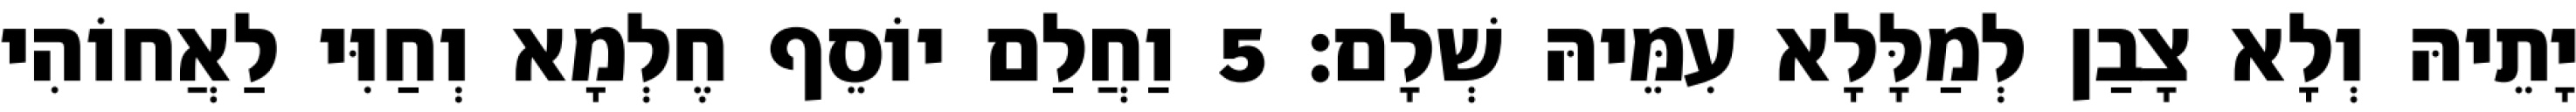
יָתֵיהּ וְלָא צָבַן לְמַלָּלָא עִמֵּיהּ שְׁלָם׃ 5 וַחֲלַם יוֹסֵף חֶלְמָא וְחַוִּי לַאֲחוֹהִי